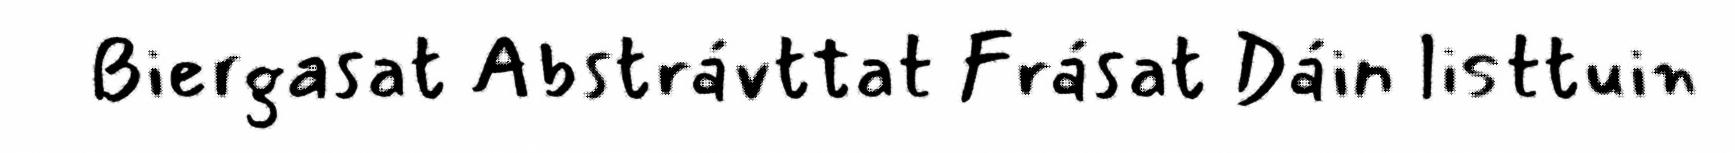
Biergasat Abstrávttat Frásat Dáin listtuin